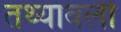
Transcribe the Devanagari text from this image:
तथ्यावली